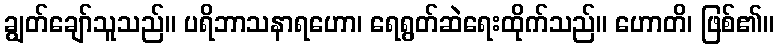
ချွတ်ချော်သူသည်။ ပရိဘာသနာရဟော၊ ရေရွတ်ဆဲရေးထိုက်သည်။ ဟောတိ၊ ဖြစ်၏။